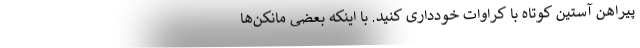
پیراهن آستین کوتاه با کراوات خودداری کنید. با اینکه بعضی مانکن‌ها